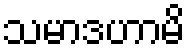
သမာဒဟာမိ